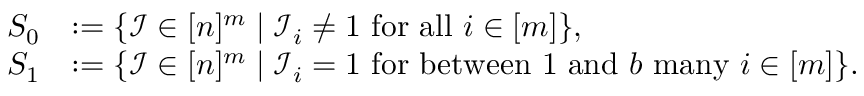
\begin{array} { r l } { S _ { 0 } } & { : = \{ \mathcal { I } \in [ n ] ^ { m } \mid \mathcal { I } _ { i } \neq 1 \mathrm { ~ f o r ~ a l l ~ } i \in [ m ] \} , } \\ { S _ { 1 } } & { : = \{ \mathcal { I } \in [ n ] ^ { m } \mid \mathcal { I } _ { i } = 1 \mathrm { ~ f o r ~ b e t w e e n ~ 1 ~ a n d ~ } b \mathrm { ~ m a n y ~ } i \in [ m ] \} . } \end{array}